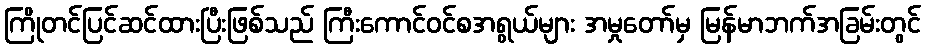
ကြိုတင်ပြင်ဆင်ထားပြီးဖြစ်သည် ကြီးကောင်ဝင်စအရွယ်များ အမှုတော်မှ မြန်မာဘက်အခြမ်းတွင်